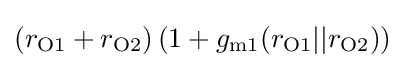
\left(r_{\mathrm {O1} }+r_{\mathrm {O2} }\right)\left(1+g_{\mathrm {m1} }(r_{\mathrm {O1} }||r_{\mathrm {O2} })\right)